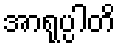
အာရုပ္ပါတိ